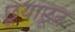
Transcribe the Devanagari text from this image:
छूयाछूत